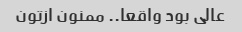
عالی بود واقعا.. ممنون ازتون